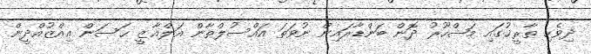
ދިވެހި ތާރީޚުގައި މަޝްހޫރު ދޮން ބަންޑާރައިން ނުވަތަ އައްސުލްޠާން އަލްޣާޒީ ޙަސަން ޢިއްްޒުއްދީން